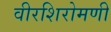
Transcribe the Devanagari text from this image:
वीरशिरोमणी